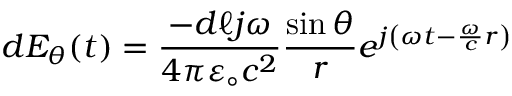
d E _ { \theta } ( t ) = { \frac { - d \ell j \omega } { 4 \pi \varepsilon _ { \circ } c ^ { 2 } } } { \frac { \sin \theta } { r } } e ^ { j \left( \omega t - { \frac { \omega } { c } } r \right) }